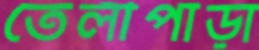
তেলীপাড়া